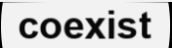
coexist